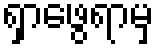
ရှာဖွေရာမှ